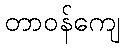
တာဝန်ကျေ